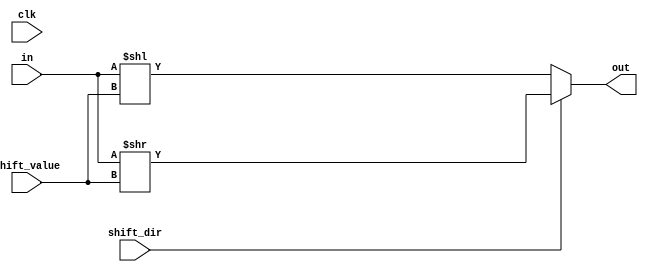
module BitShifter(out, in, shift_value, shift_dir, clk);
    output reg [22:0] out;
    input [22:0] in;
    input [7:0] shift_value;
    input shift_dir;
    input clk;

    always@(clk)
        if(shift_dir == 1'b0)
            out <= in << shift_value;
        else
            out <= in >> shift_value;

endmodule